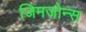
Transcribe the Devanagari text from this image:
जिमजोन्स